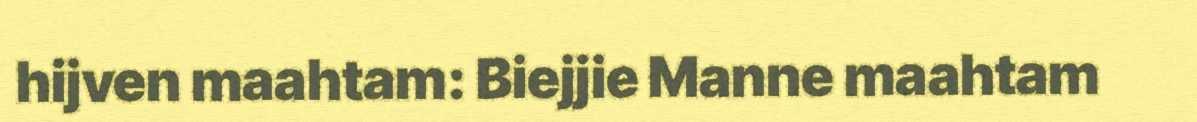
hijven maahtam: Biejjie Manne maahtam